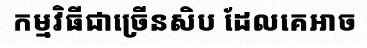
កម្មវិធីជាច្រើនសិប ដែលគេអាច